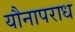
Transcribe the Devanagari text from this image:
यौनापराध